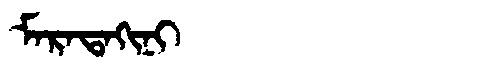
Manchu: ᠮᠠᡵᠠᡨᠠᡴᡳᠨᡳ
Romanization: MARATAKINI